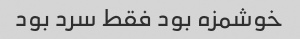
خوشمزه بود فقط سرد بود